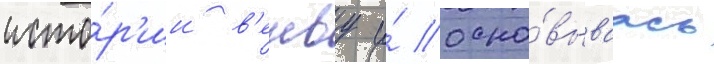
исто́р'ии в'енву и́ осно́вываась